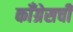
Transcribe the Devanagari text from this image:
कॉँग्रेसची